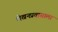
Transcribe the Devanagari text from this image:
लेखनप्रवासाला